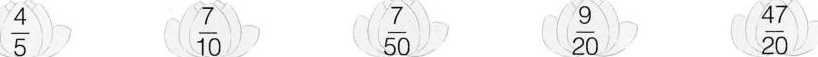
\frac{4}{5} \frac{7}{10} \frac{7}{50} \frac{9}{20} \frac{47}{20}